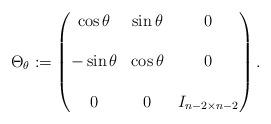
LaTeX: \begin{align*}\Theta_\theta:= \left(\begin{matrix}\cos \theta &\sin \theta & 0\\\\-\sin\theta&\cos\theta&0\\\\0&0& I_{n-2\times n-2}\end{matrix}\right).\end{align*}